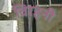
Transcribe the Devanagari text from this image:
विरहनी